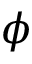
\phi